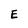
Character: E